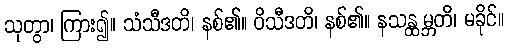
သုတွာ၊ ကြား၍။ သံသီဒတိ၊ နစ်၏။ ဝိသီဒတိ၊ နစ်၏။ နသန္ထမ္ဘတိ၊ မခိုင်။